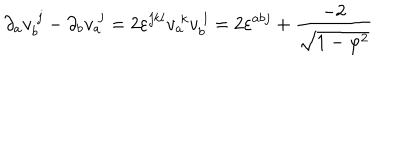
LaTeX: \partial _ { a } v _ { b } ^ { \; j } - \partial _ { b } v _ { a } ^ { \; j } = 2 \varepsilon ^ { j k l } v _ { a } ^ { \; k } v _ { b } ^ { \; l } = 2 \varepsilon ^ { a b j } + \frac { - 2 } { \sqrt { 1 - \varphi ^ { 2 } } }